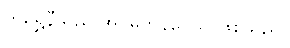
ကိုရွှေနီသည် အင်မတန်ပေသူ ဖြစ်သည်။